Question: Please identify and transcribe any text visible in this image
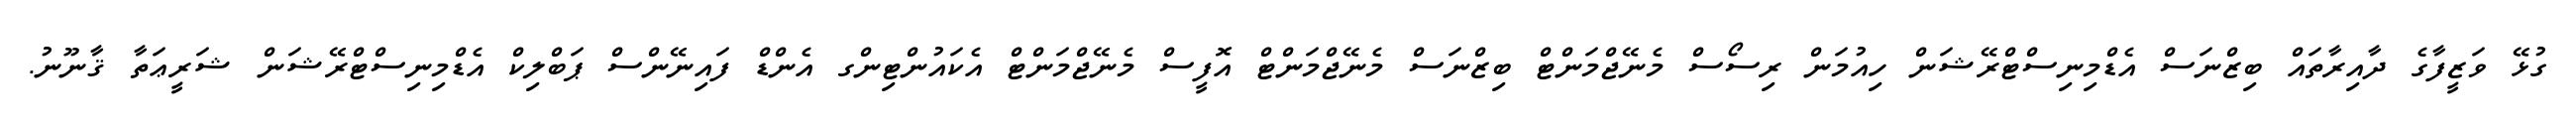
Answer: ގުޅޭ ވަޒީފާގެ ދާއިރާތައް ބިޒްނަސް އެޑްމިނިސްޓްރޭޝަން ހިއުމަން ރިސޯސް މެނޭޖްމަންޓް ބިޒްނަސް މެނޭޖްމަންޓް އޮފީސް މެނޭޖްމަންޓް އެކައުންޓިންގ އެންޑް ފައިނޭންސް ޕަބްލިކް އެޑްމިނިސްޓްރޭޝަން ޝަރީޢަތާ ޤާނޫނު.